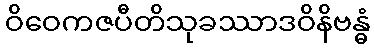
ဝိဝေကဇပီတိသုခဿာဒဝိနိဗန္ဓံ